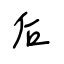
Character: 后